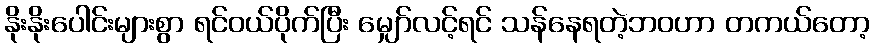
နိုးနိုးပေါင်းများစွာ ရင်ဝယ်ပိုက်ပြီး မျှော်လင့်ရင် သန်နေရတဲ့ဘဝဟာ တကယ်တော့